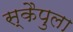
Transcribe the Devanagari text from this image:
स्कैपुला